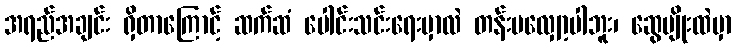
အရည်အချင်း ရှိတာကြောင့် ဆက်ဆံ ပေါင်းသင်းရေးမှာလဲ တန်းမလျှော့ပါဘူး၊ ဆွေမျိုးထဲမှာ